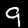
Label: 9